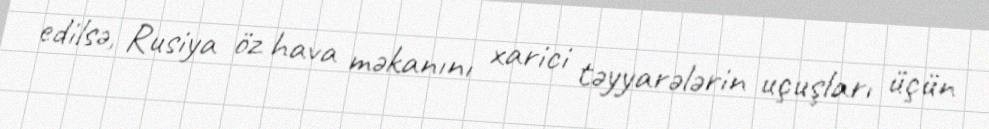
edilsə, Rusiya öz hava məkanını xarici təyyarələrin uçuşları üçün